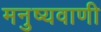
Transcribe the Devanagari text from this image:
मनुष्यवाणी